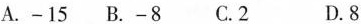
A.-15 B.-8 C.2 D.8